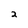
Character: 2